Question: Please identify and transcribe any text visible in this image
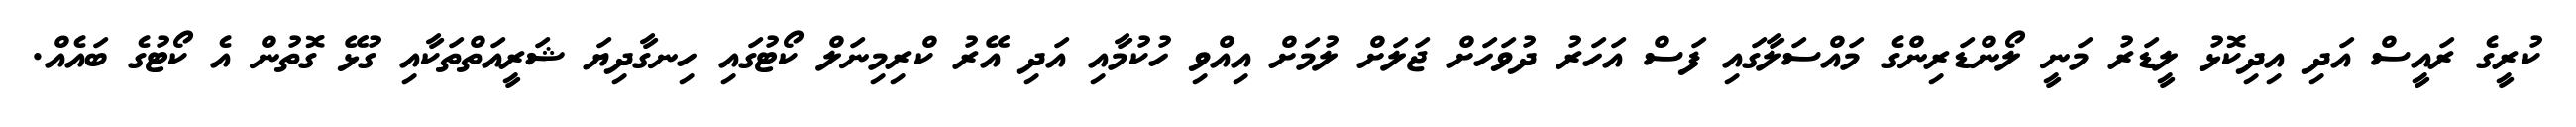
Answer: ކުރީގެ ރައީސް އަދި އިދިކޮޅު ލީޑަރު މަނީ ލޯންޑަރިންގެ މައްސަލާގައި ފަސް އަހަރު ދުވަހަށް ޖަލަށް ލުމަށް އިއްވި ހުކުމާއި އަދި އޭރު ކްރިމިނަލް ކޯޓުގައި ހިނގާދިޔަ ޝަރީއަތްތަކާއި ގުޅޭ ގޮތުން އެ ކޯޓުގެ ބައެއް.